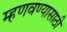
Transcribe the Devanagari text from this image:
म्हणवण्यासाठी